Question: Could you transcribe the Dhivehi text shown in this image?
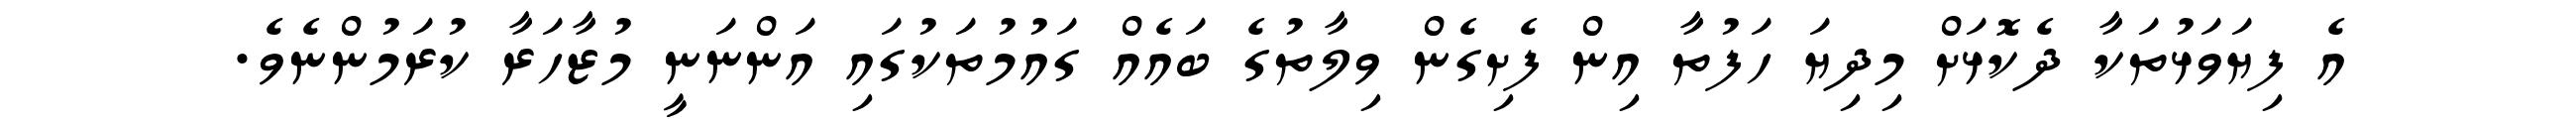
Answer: އެ ފިޔަވަޅުތަކާ ދެކޮޅަށް މިދިޔަ ހަފުތާ އިން ފެށިގެން ވިލާތުގެ ބައެއް ގައުމުތަކުގައި އަންނަނީ މުޒާހަރާ ކުރަމުންނެވެ.